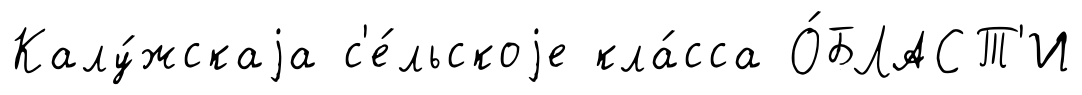
Калу́жскаjа с'е́льскоjе кла́сса О́БЛАСТ'И